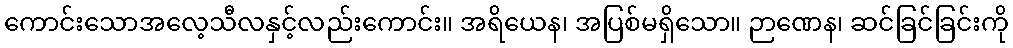
ကောင်းသောအလေ့သီလနှင့်လည်းကောင်း။ အရိယေန၊ အပြစ်မရှိသော။ ဉာဏေန၊ ဆင်ခြင်ခြင်းကို